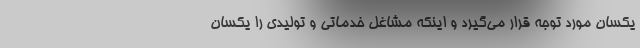
یکسان مورد توجه قرار می‌گیرد و اینکه مشاغل خدماتی و تولیدی را یکسان